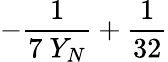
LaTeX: -\frac{1}{7\ Y_{N}}+\frac{1}{32}